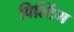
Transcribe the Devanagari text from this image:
विल्टिंग